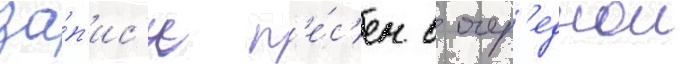
за́п'ис'и п'е́с'ен в очер'еднои